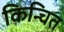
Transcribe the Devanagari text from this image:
किन्चित